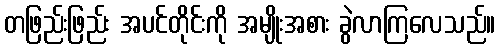
တဖြည်းဖြည်း အပင်တိုင်းကို အမျိုးအစား ခွဲလာကြလေသည်။